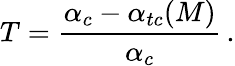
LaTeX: T={\frac{\alpha_{c}-\alpha_{tc}(M)}{\alpha_{c}}}\, .